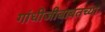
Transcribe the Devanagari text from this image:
गांधीजीबाबतच्या